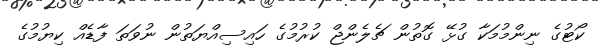
ކޯޓުގެ ނިންމުމަކާ ގުޅޭ ގޮތުން ޗެލެންޖް ކުރުމުގެ ހައިސިއްޔަތުން ނުވަތަ ފާޑެއް ކިޔުމުގެ